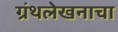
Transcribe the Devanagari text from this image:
ग्रंथलेखनाचा